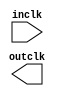
// megafunction wizard: %ALTCLKCTRL%VBB%
// GENERATION: STANDARD
// VERSION: WM1.0
// MODULE: altclkctrl 

// ============================================================
// Megafunction Name(s):
// 			altclkctrl
//
// Simulation Library Files(s):
// 			cyclonev
// ============================================================
// ************************************************************
// THIS IS A WIZARD-GENERATED FILE. DO NOT EDIT THIS FILE!
//
// 12.1 Build 177 11/07/2012 SJ Full Version
// ************************************************************

//Copyright (C) 1991-2012 Altera Corporation
//Your use of Altera Corporation's design tools, logic functions 
//and other software and tools, and its AMPP partner logic 
//functions, and any output files from any of the foregoing 
//(including device programming or simulation files), and any 
//associated documentation or information are expressly subject 
//to the terms and conditions of the Altera Program License 
//Subscription Agreement, Altera MegaCore Function License 
//Agreement, or other applicable license agreement, including, 
//without limitation, that your use is for the sole purpose of 
//programming logic devices manufactured by Altera and sold by 
//Altera or its authorized distributors.  Please refer to the 
//applicable agreement for further details.

module GCLK_CTRL (
	inclk,
	outclk)/* synthesis synthesis_clearbox = 1 */;

	input	  inclk;
	output	  outclk;

endmodule

// ============================================================
// CNX file retrieval info
// ============================================================
// Retrieval info: PRIVATE: INTENDED_DEVICE_FAMILY STRING "Cyclone V"
// Retrieval info: PRIVATE: SYNTH_WRAPPER_GEN_POSTFIX STRING "0"
// Retrieval info: PRIVATE: clock_inputs NUMERIC "1"
// Retrieval info: CONSTANT: ENA_REGISTER_MODE STRING "always enabled"
// Retrieval info: CONSTANT: INTENDED_DEVICE_FAMILY STRING "Cyclone V"
// Retrieval info: CONSTANT: USE_GLITCH_FREE_SWITCH_OVER_IMPLEMENTATION STRING "OFF"
// Retrieval info: CONSTANT: clock_type STRING "Global Clock"
// Retrieval info: USED_PORT: inclk 0 0 0 0 INPUT NODEFVAL "inclk"
// Retrieval info: USED_PORT: outclk 0 0 0 0 OUTPUT NODEFVAL "outclk"
// Retrieval info: CONNECT: @ena 0 0 0 0 VCC 0 0 0 0
// Retrieval info: CONNECT: @inclk 0 0 3 1 GND 0 0 3 0
// Retrieval info: CONNECT: @inclk 0 0 1 0 inclk 0 0 0 0
// Retrieval info: CONNECT: outclk 0 0 0 0 @outclk 0 0 0 0
// Retrieval info: GEN_FILE: TYPE_NORMAL GCLK_CTRL.v TRUE
// Retrieval info: GEN_FILE: TYPE_NORMAL GCLK_CTRL.inc FALSE
// Retrieval info: GEN_FILE: TYPE_NORMAL GCLK_CTRL.cmp FALSE
// Retrieval info: GEN_FILE: TYPE_NORMAL GCLK_CTRL.bsf FALSE
// Retrieval info: GEN_FILE: TYPE_NORMAL GCLK_CTRL_inst.v FALSE
// Retrieval info: GEN_FILE: TYPE_NORMAL GCLK_CTRL_bb.v TRUE
// Retrieval info: LIB_FILE: cyclonev